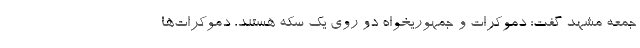
جمعه مشهد گفت: دموکرات و جمهوریخواه دو روی یک سکه هستند، دموکرات‌ها